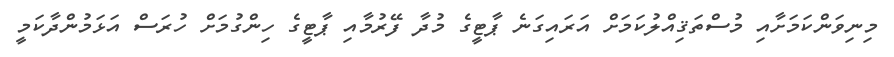
މިނިވަންކަމަށާއި މުސްތަޤިއްލުކަމަށް އަރައިގަނެ ޕާޓީގެ މުދާ ފޭރުމާއި ޕާޓީގެ ހިންގުމަށް ހުރަސް އަޅަމުންދާކަމީ